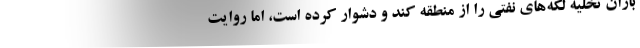
باران تخليه لكه‌هاي نفتي را از منطقه كند و دشوار كرده است، اما روايت